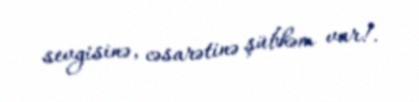
sevgisinə, cəsarətinə şübhəm var!.